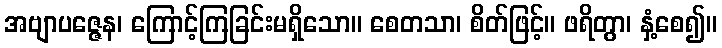
အဗျာပဇ္ဇေန၊ ကြောင့်ကြခြင်းမရှိသော။ စေတသာ၊ စိတ်ဖြင့်။ ဖရိတွာ၊ နှံ့စေ၍။